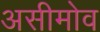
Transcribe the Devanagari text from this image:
असीमोव